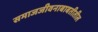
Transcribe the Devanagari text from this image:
समाजजीवनाबाबतीतील